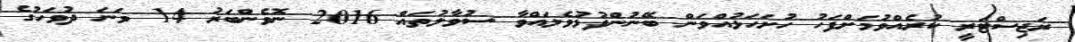
ރަޖިސްޓަރީ ކުރެއްވުމަށްފަހު ހުށަހަޅުއްވަން ބޭނުންފުޅުވެލައްވާ ސުވާލުތައް 2016 ނޮވެންބަރު 14 ވަނަ ދުވަހުގެ